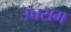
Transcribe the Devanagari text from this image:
उच्चसम